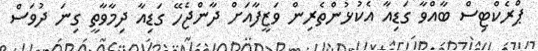
ޕްރެކްޓިސް ބާއްވާ ގަޑިއާ އެކުޅުންތެރިން ވަޒީފާއަށް ދާންޖެހޭ ގަޑިއާ ދިމާވާތީ ގިނަ ދުވަސް